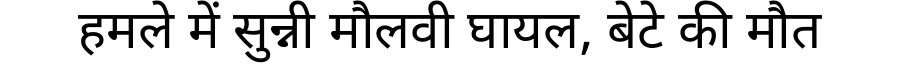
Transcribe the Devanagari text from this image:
हमले में सुन्नी मौलवी घायल, बेटे की मौत